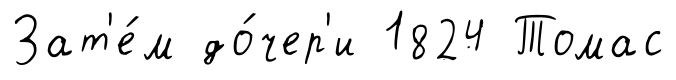
Зат'е́м до́чер'и 1824 Томас